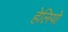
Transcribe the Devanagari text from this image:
हेलियो